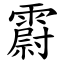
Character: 霨